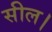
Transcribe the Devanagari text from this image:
सील।